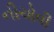
નીચોવી